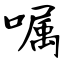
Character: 嘱